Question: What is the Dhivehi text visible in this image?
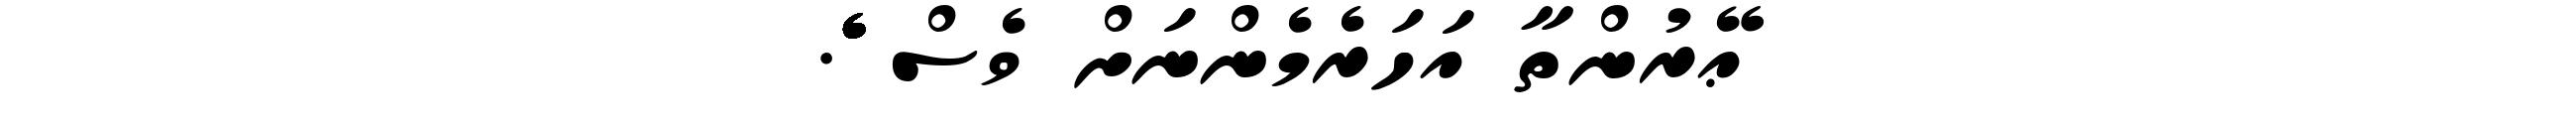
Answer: ޢޭރުންތާ އަހަރެމެންނަށް ވެސް ެެެެެެެެެެެެެެެެެެެެެެެެެެެެެެެެެެެެެެެެެެެެެެެެެެެެެެެެެެެެެެެެެެެެެެެެ.